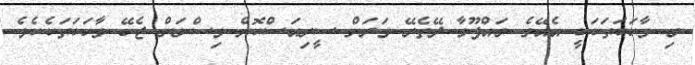
މި ވާހަކަތަކަކީ އެއޭގެ މައްފޫމާ ދޭތެރޭ ވަރަށް ސީރިއަސްކޮށް ވިސްނަން ޖެހޭ ވާހަކަތަކެކެވެ.